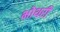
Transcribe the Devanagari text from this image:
भोथरी